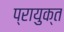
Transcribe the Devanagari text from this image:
प्रायुक्त